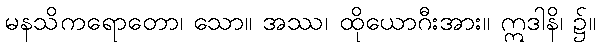
မနသိကရောတော၊ သော။ အဿ၊ ထိုယောဂီးအား။ ဣဒါနိ၊ ၌။